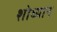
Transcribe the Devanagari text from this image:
शोध्यान